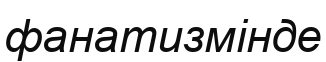
фанатизмінде